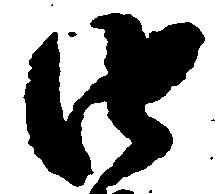
由